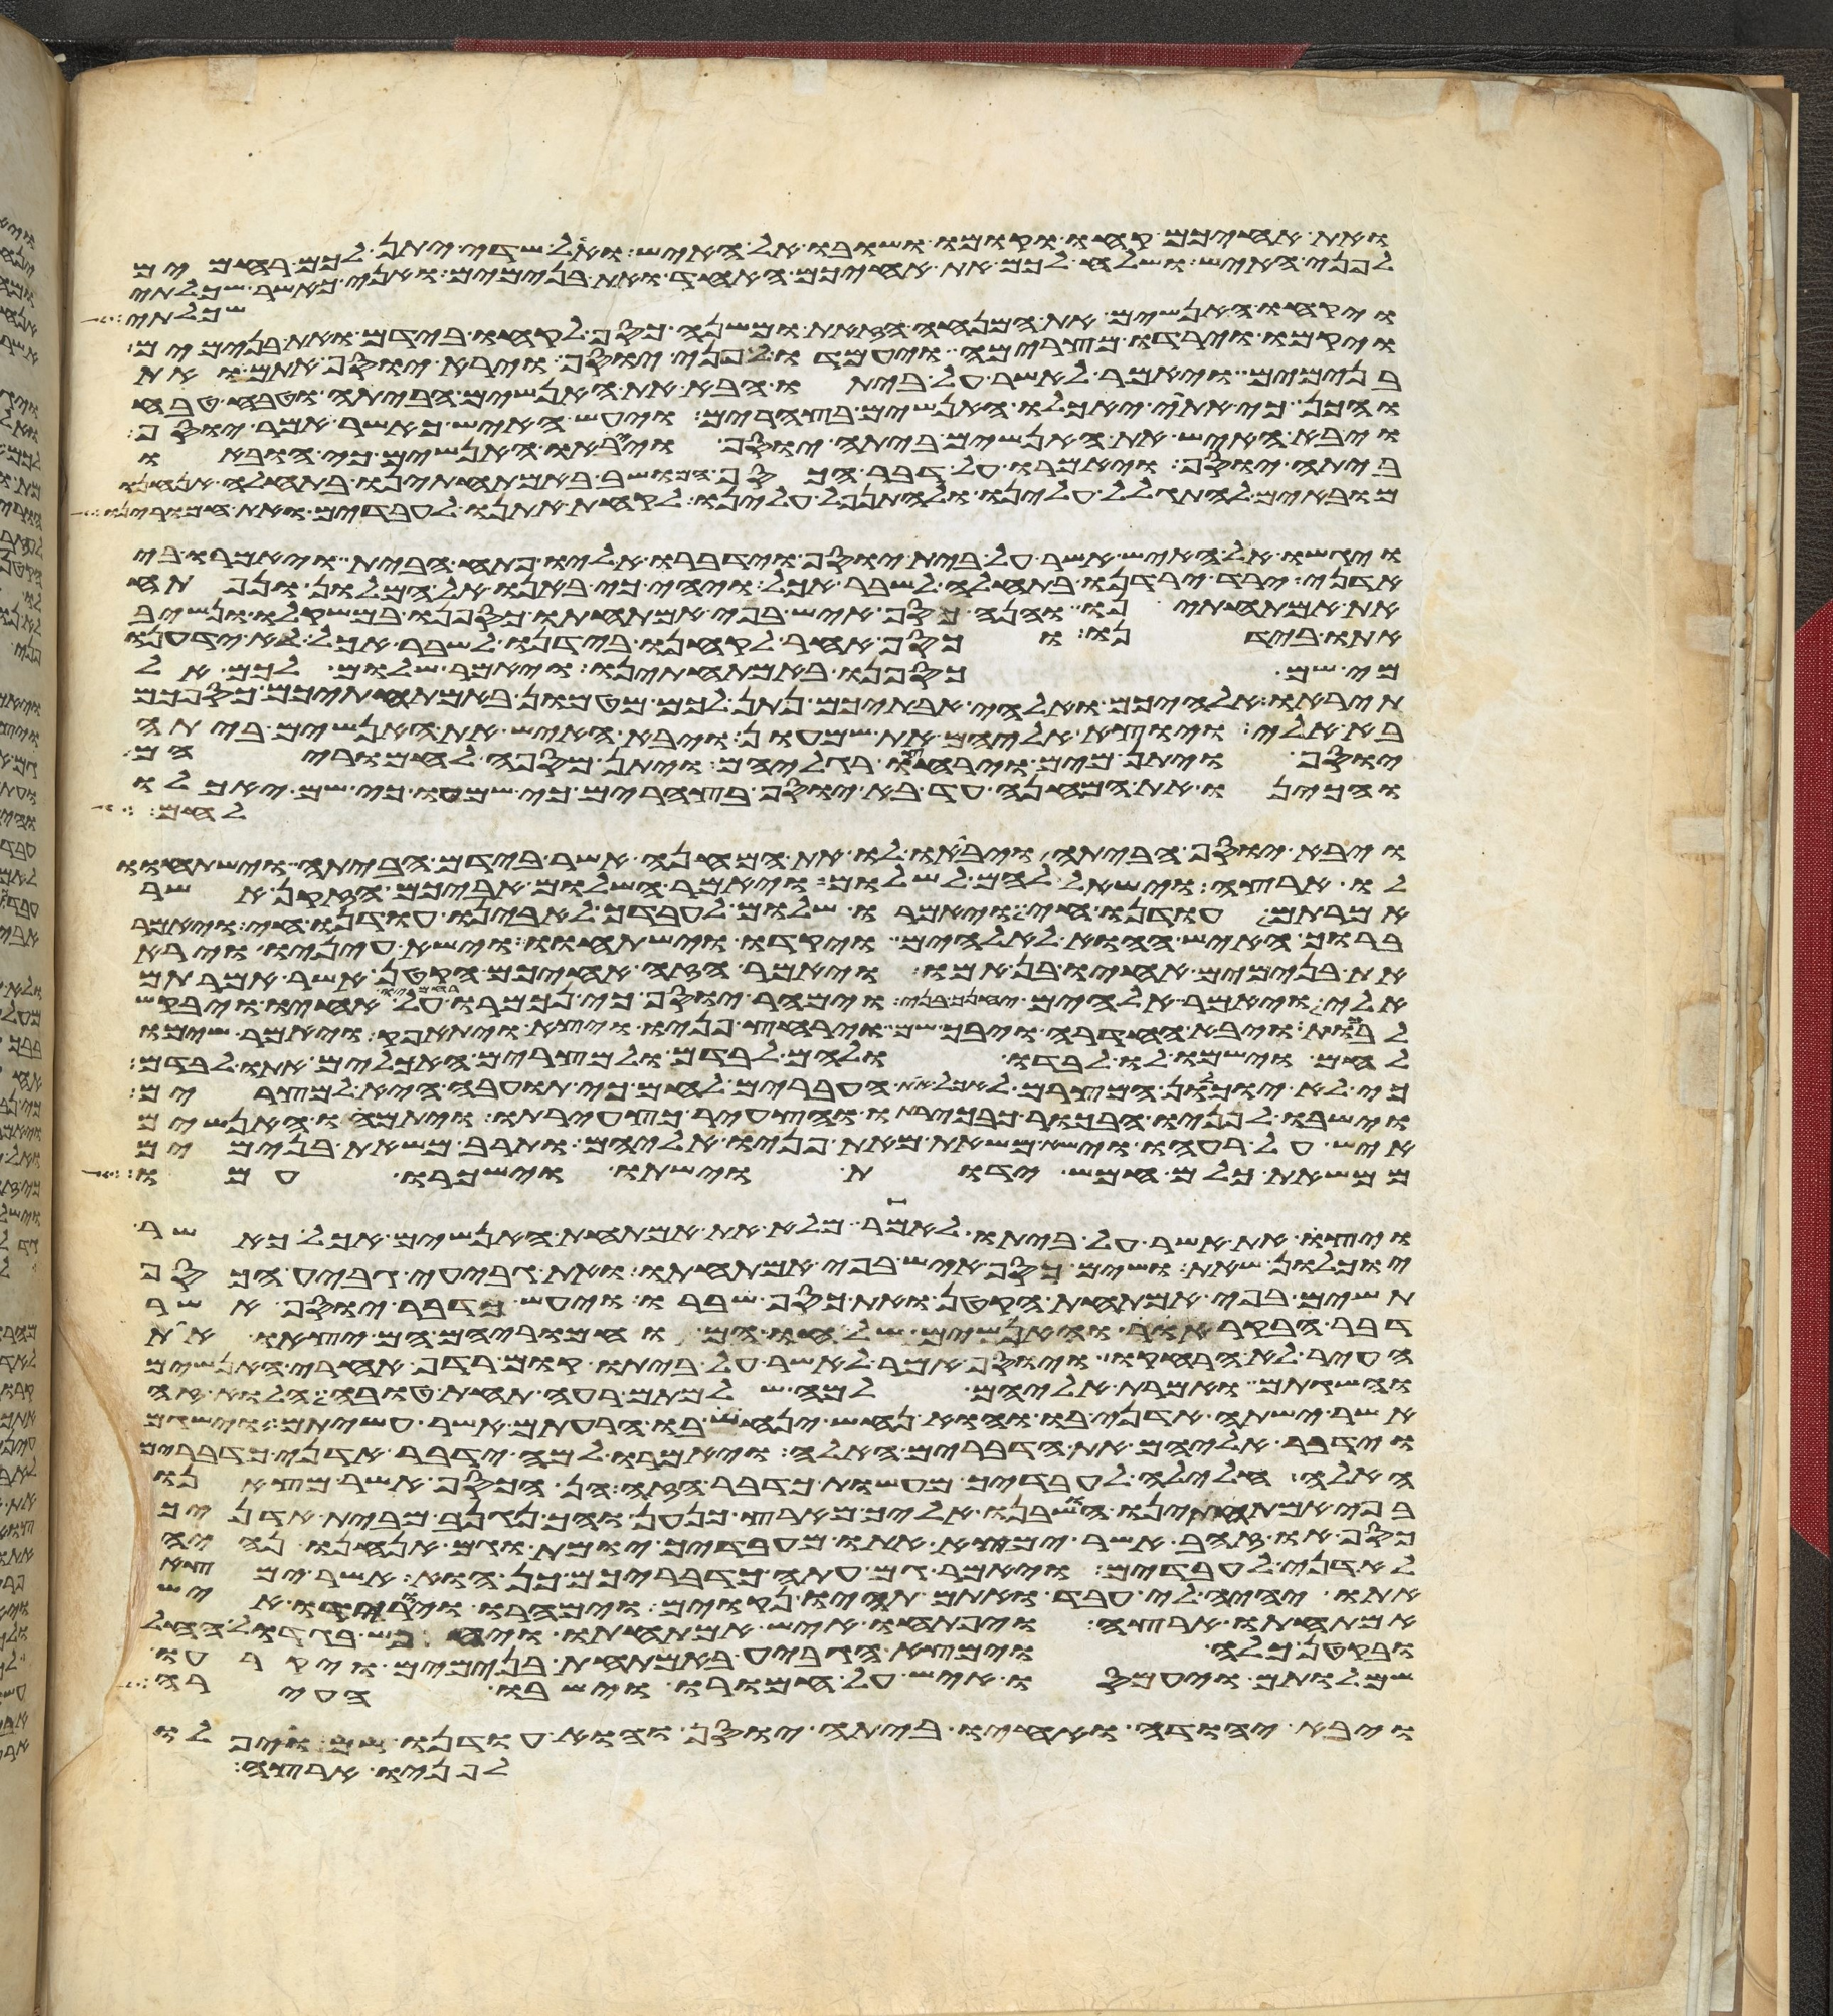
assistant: ואת אחיכם קחו וקומו ושובו אל האיש ואל שדי יתן לכם רחמים
לפני האיש ושלח לכם את אחיכם האחד ואת בנימים ואני כאשר שכלתי
שכלתי
ויקחו האנשים את המנחה הזאת ומשנה כסף לקחו בידם ואת בנימים
ויקמו וירדו מצרימה ויעמדו לפני יוסף וירא יוסף אתם ואת
בנימים ויאמר לאשר על ביתו הבא את האנשים הביתה וטבח טבח
והכן כי אתי יאכלו האנשים בצהרים ויעש האיש כאשר אמר יוסף
ויבא האיש את האנשים ביתה יוסף וייראו האנשים כי הובאו
ביתה יוסף ויאמרו על דבר הכסף המושב באמתחתינו בתחלה אנחנו
מובאים להתגלל עלינו ולהתנפל עלינו לקחת אתנו לעבדים ואת חמרינו
ויגשו אל האיש אשר על בית יוסף וידברו אליו פתח הבית ויאמרו בי
אדני ירד ירדנו בתחלה לשבר אכל ויהי כי באנו אל המלון ונפתח
את אמתחתינו והנה כסף איש בפי אמתחתו כספנו במשקלו ונשיב
אתו בידנו וכסף אחר לקחנו בידנו לשבר אכל לא ידענו
מי שם כספנו באמתחתינו ויאמר שלום לכם אל
תיראו אלהיכם ואלהי אבתיכם נתן לכם מטמון באמתחתיכם כספכם
בא אלי ויוצא אליהם את שמעון ויבא האיש את האנשים ביתה
יוסף ויתן מים וירחצו רגליהם ויתן מספה לחמריהם
ויכינו את המנחה עד בא יוסף בצהרים כי שמעו כי שם יאכלו
לחם
ויבא יוסף הביתה ויביאו לו את המנחה אשר בידם הביתה וישתחוו
לו ארצה וישאל להם לשלום ויאמר השלום אביכם הזקן אשר
אמרתם עודנו חי ויאמרו שלום לעבדך לאבינו עודנו חי ויאמר
ברוך האיש ההוא לאלהים ויקדו וישתחוו וישא עיניו וירא
את בנימים אחיו בן אמו ויאמר הזה אחיכם הקטן אשר אמרתם
אלי ויאמר אלהים יחנך בני וימהר יוסף כי נכמרו רחמיו על אחיו ויבקש
לבכות ויבא החדרה ויבך שם וירחץ פניו ויצא ויתאפק ויאמר שימו
לחם וישמו לו לבדו ולהם לבדם ולמצרים האכלים אתו לבדם
כי לא יוכלון המצרים לאכל את העברים לחם כי תועבה היא למצרים
וישבו לפניו הבכור כבכירתו והצעיר כצעירתו ויתמהו האנשים
איש על רעהו וישא משאת מאת פניו אליהם ותרב משאת בנימים
ממשאת כלם חמש ידות וישתו וישכרו עמו
ויצו את אשר על ביתו לאמר מלא את אמתחת האנשים אכל כאשר
יוכלון שאת ושים כסף איש בפי אמתחתו ואת גביע גביע הכסף
תשים בפי אמתחת הקטן ואת כסף שברו ויעש כדבר יוסף אשר
דבר הבקר אור והאנשים שלחו הם וחמריהם הם יצאו את
העיר לא הרחיקו ויוסף אמר לאשר על ביתו קום רדף אחרי האנשים
והשגתם ואמרת אליהם למה שלמתם רעה תחת טובה הלוא זה
אשר ישתה אדני בו והוא נחש ינחש בו הרעתם אשר עשיתם וישגם
וידבר אליהם את הדברים האלה ויאמרו למה ידבר אדני כדברים
האלה חלילה לעבדיך מעשות כדבר הזה הן הכסף אשר מצאנו
בפי אמתחתינו הושבנו אליך מארץ כנען ואיך נגנב מבית אדניך
כסף או זהב אשר ימצא אתו מעבדיך יומת וגם אנחנו נהיה
לאדני לעבדים ויאמר גם עתה כדבריכם כן הוא אשר ימצא
אתו יהיה לי עבד ואתם תהיו נקואים וימהרו ויורידו איש
אמתחתו ארצה ויפתחו איש אמתחתו ויחפש בגדול החל
ובקטן כלה וימצא הגביע באמתחת בנימים ויקרעו
שמלותם ויעמסו איש על חמורו וישבו העירה
ויבא יהודה ואחיו ביתה יוסף והוא עודנו שם ויפלו
לפניו ארצה